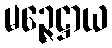
မဉ္ဇေဋ္ဌာယ